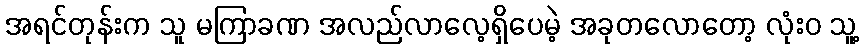
အရင်တုန်းက သူ မကြာခဏ အလည်လာလေ့ရှိပေမဲ့ အခုတလောတော့ လုံးဝ သူ့